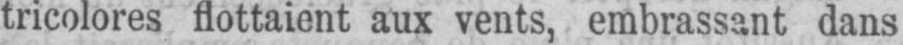
tricolores flottaient aux vents, embrassant dans